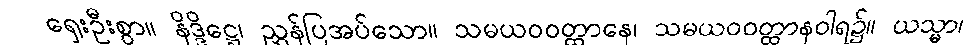
ရှေးဦးစွာ။ နိဒ္ဒိဋ္ဌေ၊ ညွှန်ပြအပ်သော။ သမယဝဝတ္ထာနေ၊ သမယဝဝတ္ထာနဝါရ၌။ ယသ္မာ၊